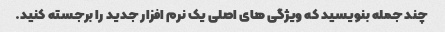
چند جمله بنویسید که ویژگی های اصلی یک نرم افزار جدید را برجسته کنید.